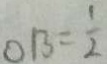
O B = \frac { 1 } { 2 }